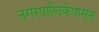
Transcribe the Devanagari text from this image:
नगरपालिकेपासून